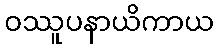
ဝဿူပနာယိကာယ